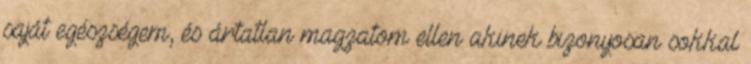
saját egészségem, és ártatlan magzatom ellen akinek bizonyosan sokkal